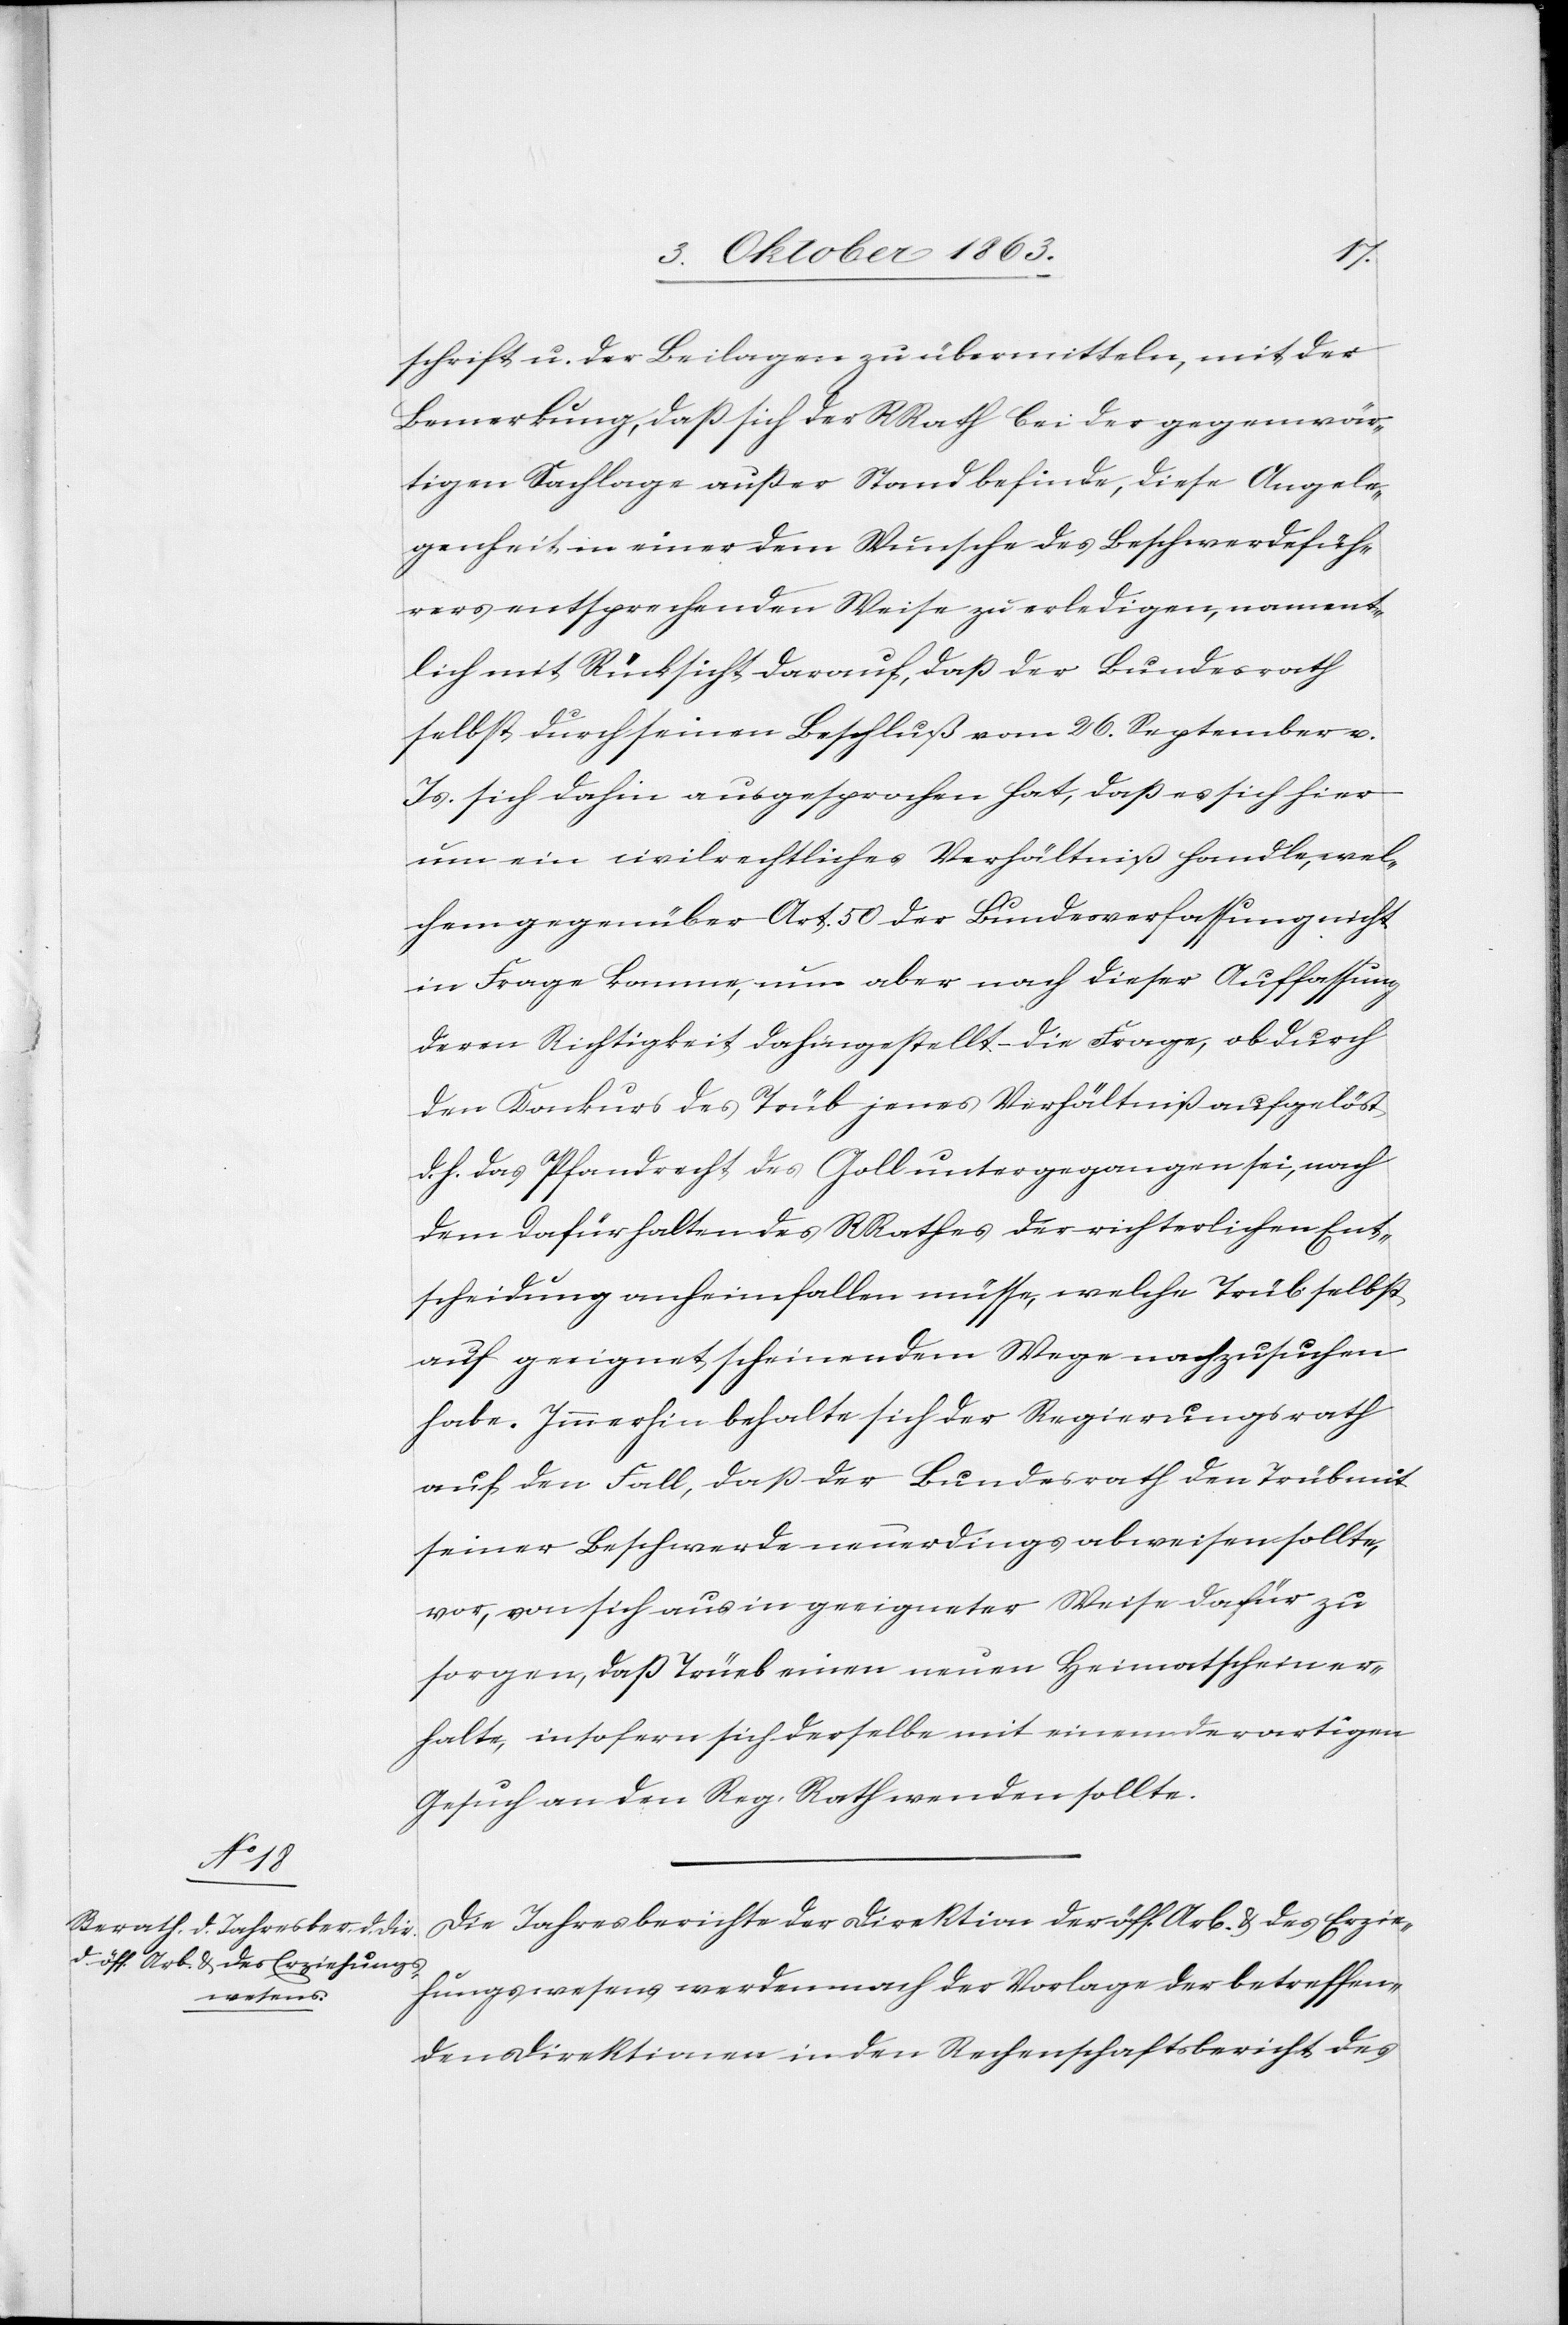
schrift u. der Beilagen zu übermitteln, mit der
Bemerkung, daß sich der RRath bei der gegenwär¬
tigen Sachlage außer Stand befinde, diese Angele¬
genheit in einer dem Wunsche des Beschwerdefüh¬
rers entsprechenden Weise zu erledigen, nament¬
lich mit Rücksicht darauf, daß der Bundesrath
selbst durch seinen Beschluß vom 26. September v.
Js. sich dahin ausgesprochen hat, daß es sich hier
um ein civilrechtliches Verhältniß handle, wel¬
chem gegenüber Art. 50 der Bundesverfassung nicht
in Frage komme, um aber nach dieser Auffassung
deren Richtigkeit dahingestellt – die Frage, ob durch
den Konkurs des Trüb jenes Verhältniß aufgelöst
d. h. das Pfandrecht des Goll untergegangen sei, nach
dem dafür halten des RRathes der richterlichen Ent¬
scheidung anheimfallen müsse, welche Trüb selbst
auf geeignet scheinendem Wege nachzusuchen
habe. Immerhin behalte sich der Regierungsrath
auf den Fall, daß der Bundesrath den Trüb mit
seiner Beschwerde neuerdings abweisen sollte,
vor, von sich aus in geeigneter Weise dafür zu
sorgen, daß Trüeb einen neuen Heimatschein er¬
halte, insofern sich derselbe mit einem derartigen
Gesuch an den Reg. Rath wenden sollte.
Die Jahresberichte der Direktion der öff. Arb. & des Erzie¬
hungswesens werden nach der Vorlage der betreffen¬
den Direktionen in den Rechenschaftsbericht des